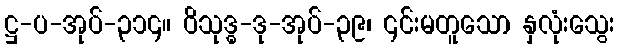
ဋ္ဌ-ပ-အုပ်-၃၁၄။ ဝိသုဒ္ဓ-ဒု-အုပ်-၃၉၊ ၎င်းမတူသော နှလုံးသွေး